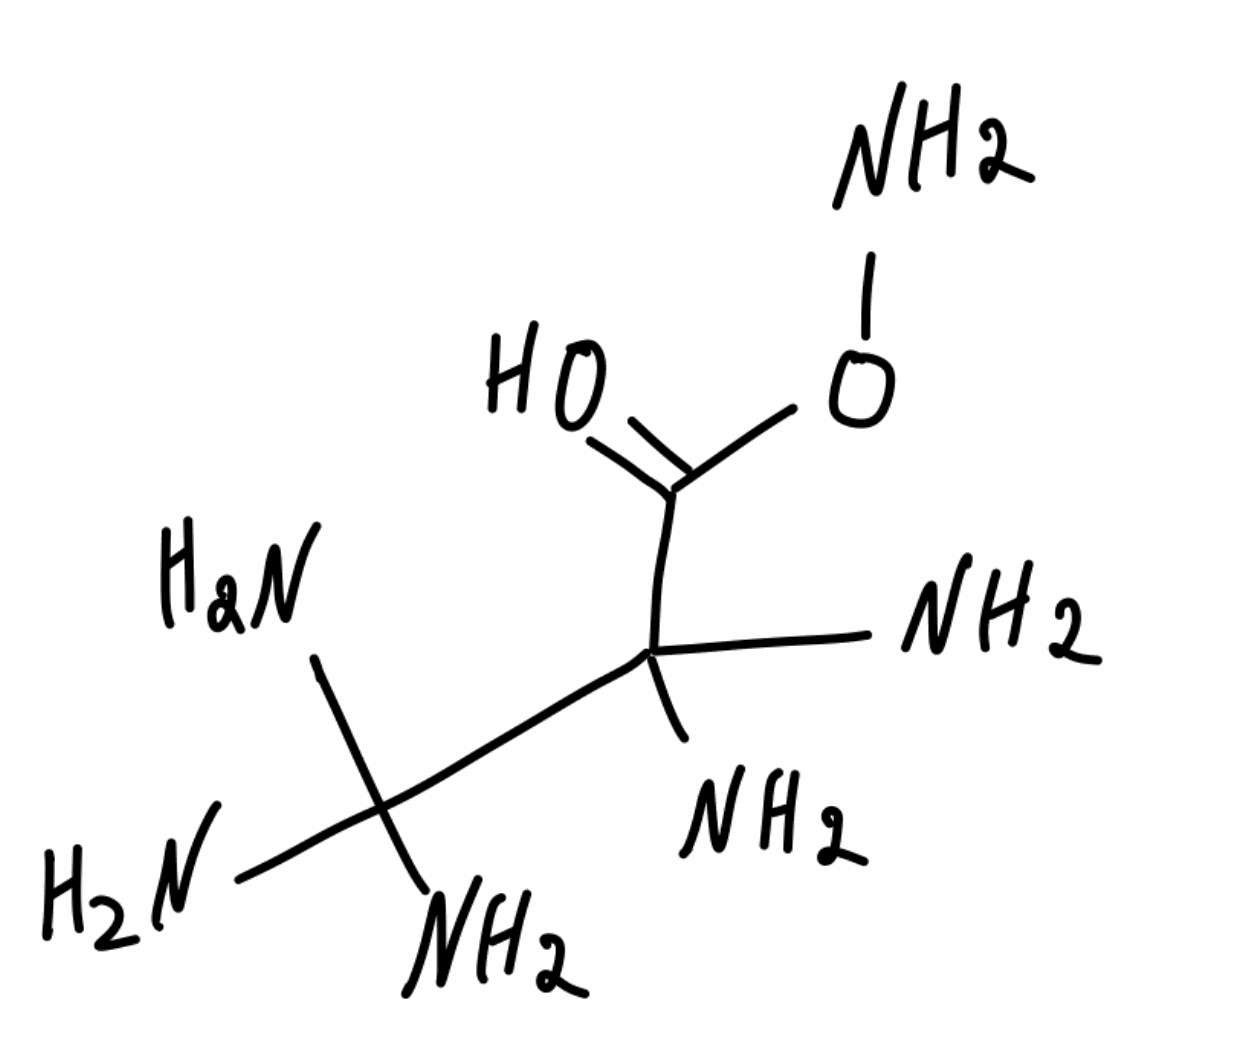
Simplified molecular-input line-entry system (SMILES) notation of the given molecule:
C(=O)(C(C(N)(N)N)(N)N)ON